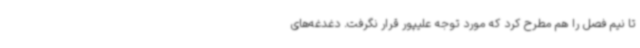
تا نیم فصل را هم مطرح کرد که مورد توجه علیپور قرار نگرفت. دغدغه‌های